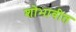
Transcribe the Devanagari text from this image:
शोभावीत